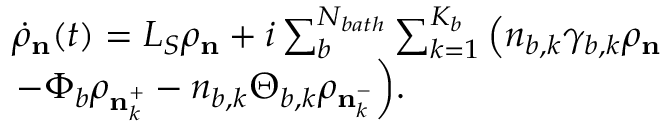
\begin{array} { r l } & { { { \dot { \rho } } _ { \mathbf { n } } ( t ) } = { { L } _ { S } } { { \rho } _ { \mathbf { n } } } + i \sum _ { b } ^ { { { N } _ { b a t h } } } { \sum _ { k = 1 } ^ { { { K } _ { b } } } { \left( { { n } _ { b , k } } { { \gamma } _ { b , k } } { { \rho } _ { \mathbf { n } } } \right. } } } \\ & { { { \left. - { { \Phi } _ { b } } { { \rho } _ { \mathbf { n } _ { k } ^ { + } } } - { { n } _ { b , k } } { { \Theta } _ { b , k } } { { \rho } _ { \mathbf { n } _ { k } ^ { - } } } \right) } } . } \end{array}